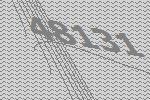
48131